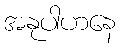
အနုပါဟနေ